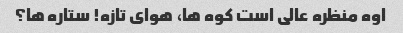
اوه منظره عالی است کوه ها، هوای تازه! ستاره ها؟